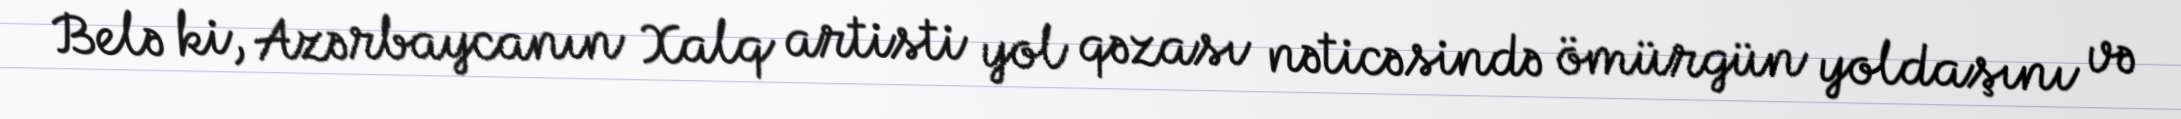
Belə ki, Azərbaycanın Xalq artisti yol qəzası nəticəsində ömürgün yoldaşını və